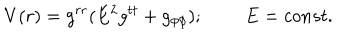
V ( r ) = g ^ { r r } ( E ^ { 2 } g ^ { t t } + g _ { \phi \phi } ) ; \; \; E = c o n s t .